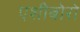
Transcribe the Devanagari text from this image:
एशीबोरो